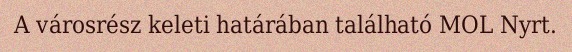
A városrész keleti határában található MOL Nyrt.